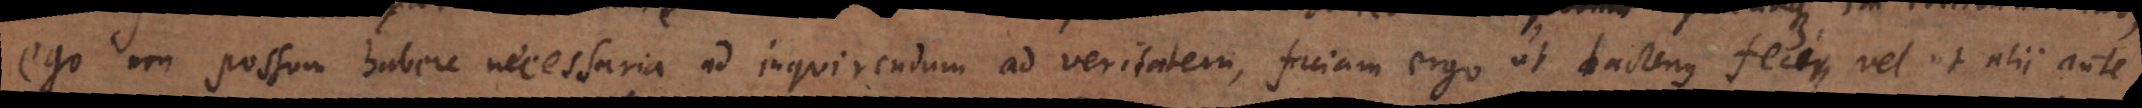
ego non possum habere necessaria ad inquirendum veritatem, faciam ergo ut hactenus feci, vel ut alii ante